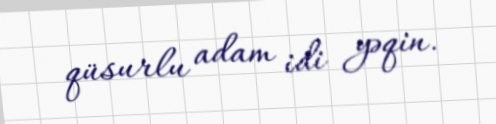
qüsurlu adam idi yəqin.